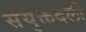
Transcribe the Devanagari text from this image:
संयुक्तदली